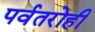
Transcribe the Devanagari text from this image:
पर्वतरोही